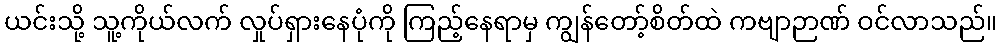
ယင်းသို့ သူ့ကိုယ်လက် လှုပ်ရှားနေပုံကို ကြည့်နေရာမှ ကျွန်တော့်စိတ်ထဲ ကဗျာဉာဏ် ဝင်လာသည်။